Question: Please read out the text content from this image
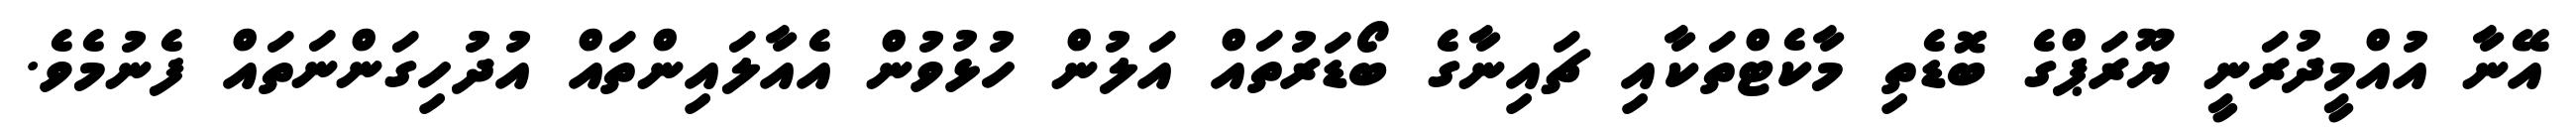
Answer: އޭނާ އުއްމީދުރަނީ ޔޫރަޕްގެ ބޮޑެތި މާކެޓްތަކާއި ޗައިނާގެ ބޯޑަރުތައް އަލުން ހުޅުވުން އެއާލައިންތައް އުދުހިގަންނަތައް ފެނުމެވެ.